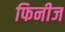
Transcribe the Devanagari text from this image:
फिनीज